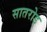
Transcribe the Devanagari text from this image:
सातरोड़